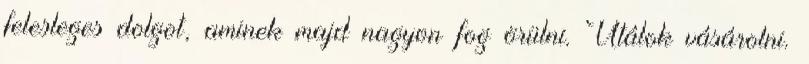
felesleges dolgot, aminek majd nagyon fog örülni. Utálok vásárolni.